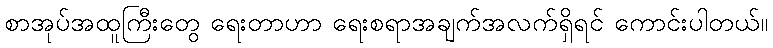
စာအုပ်အထူကြီးတွေ ရေးတာဟာ ရေးစရာအချက်အလက်ရှိရင် ကောင်းပါတယ်။